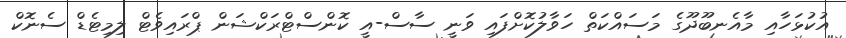
އުކުޅަހާއި މާއެނބޫދޫގެ މަސައްކަތް ހަވާލުކޮށްފައި ވަނީ ސާސް-އީ ކޮންސްޓްރަކްޝަން ޕްރައިވެޓް ލިމިޓެޑް ސެނޮކް